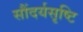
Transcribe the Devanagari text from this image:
सौंदर्यसृष्टि